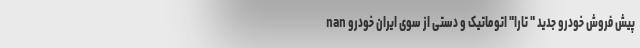
nan پیش فروش خودرو جدید " تارا" اتوماتیک و دستی از سوی ایران خودرو